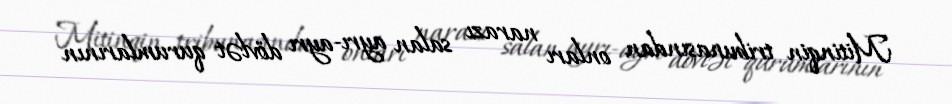
Mitinqin tribunasından onları narazı salan ayrı-ayrı dövlət qurumlarının